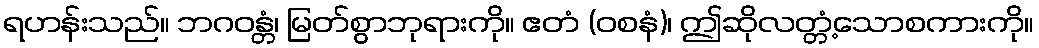
ရဟန်းသည်။ ဘဂဝန္တံ၊ မြတ်စွာဘုရားကို။ ဧတံ (ဝစနံ)၊ ဤဆိုလတ္တံ့သောစကားကို။